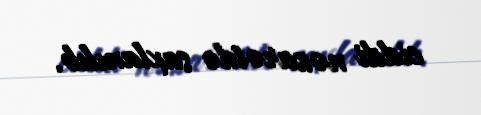
ciddi nəzarətdə saxlanılıb.